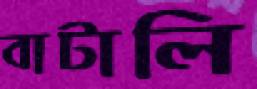
বাটালি